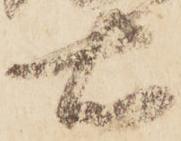
右